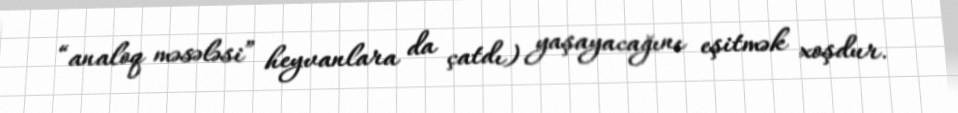
“analoq məsələsi” heyvanlara da çatdı) yaşayacağını eşitmək xoşdur.